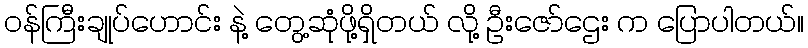
ဝန်ကြီးချုပ်ဟောင်း နဲ့ တွေ့ဆုံဖို့ရှိတယ် လို့ ဦးဇော်ဌေး က ပြောပါတယ်။